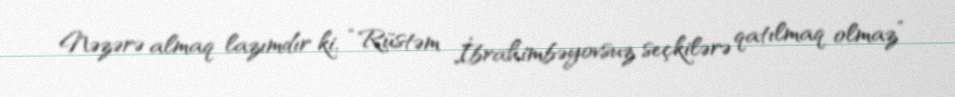
Nəzərə almaq lazımdır ki, “Rüstəm İbrahimbəyovsuz seçkilərə qatılmaq olmaz”